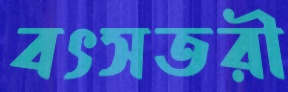
বৎসতরী